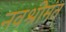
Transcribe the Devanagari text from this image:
नवश्रीमंत